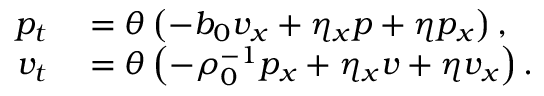
\begin{array} { r l } { p _ { t } } & { { } = \theta \left( - b _ { 0 } v _ { x } + \eta _ { x } p + \eta p _ { x } \right) , } \\ { v _ { t } } & { { } = \theta \left( - \rho _ { 0 } ^ { - 1 } p _ { x } + \eta _ { x } v + \eta v _ { x } \right) . } \end{array}